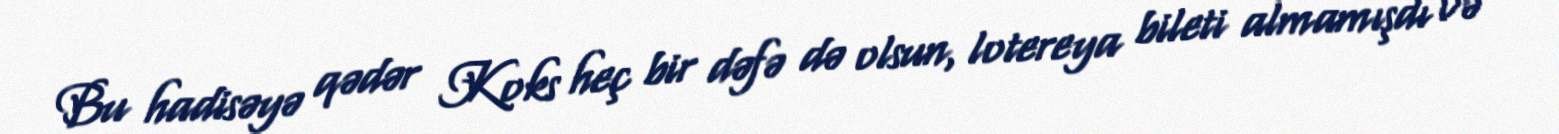
Bu hadisəyə qədər Koks heç bir dəfə də olsun, lotereya bileti almamışdı və